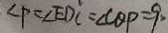
\angle P = \angle E D C = \angle C Q P = 9 0